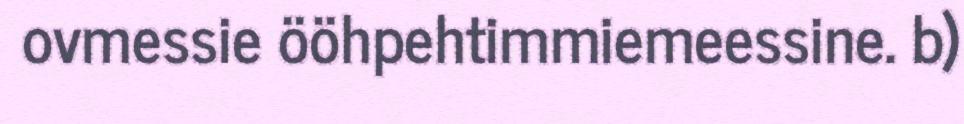
ovmessie ööhpehtimmiemeessine. b)